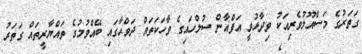
ގަތަރުގެ މަސްއޫލުވެރިއަކު ވިދާޅުވީ އަފްޣާން ސުލްހައިގެ ވާހަކަތައް ދަވްޙާގައި ބޭއްވުމުގެ ތައްޔާރީތައް ގަތަރު